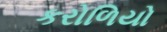
કરોળિયો